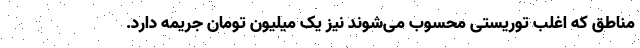
مناطق که اغلب توریستی محسوب می‌شوند نیز یک میلیون تومان جریمه دارد.